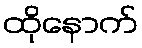
ထိုနောက်